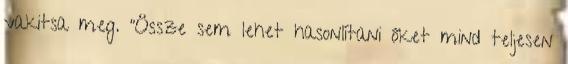
vakitsa meg. “Össze sem lehet hasonlítani őket mind teljesen